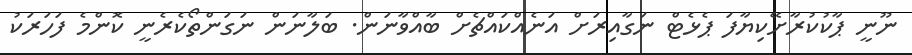
ނޫނީ ޕާކުކުރާށޭކިޔާފަ ޕެޅެޓް ނަގާއިރަށް އަނެއްކައްޗެށް ބާއްވާނަން. ބަލާނަން ނަގަންތޯކެރެނީ ކޮންމެ ފަހަރަކު